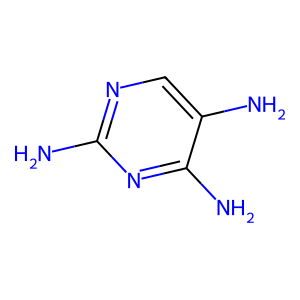
SMILES: Nc1ncc(N)c(N)n1
Inhibits HIV replication: No